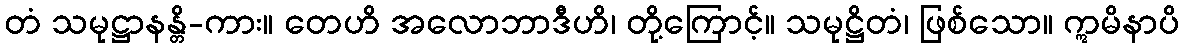
တံ သမုဋ္ဌာနန္တိ-ကား။ တေဟိ အလောဘာဒီဟိ၊ တို့ကြောင့်။ သမုဋ္ဌိတံ၊ ဖြစ်သော။ ဣမိနာပိ